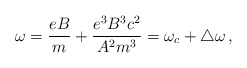
\begin{align*}\omega=\frac{eB}{m}+\frac{e^{3}B^{3}c^{2}}{A^{2}m^{3}}=\omega_{c}+\bigtriangleup\omega\,{,}\end{align*}